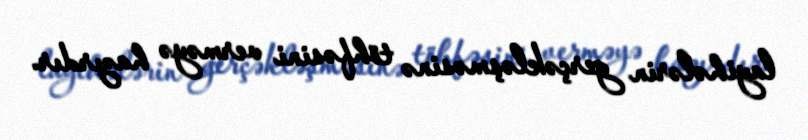
layihələrin gerçəkləşməsinə töhfəsini verməyə hazırdır.